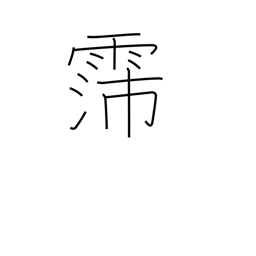
Meaning: long rainy spell